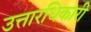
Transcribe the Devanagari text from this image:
उत्तारधिकारी